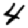
Digit: 4